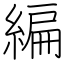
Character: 編